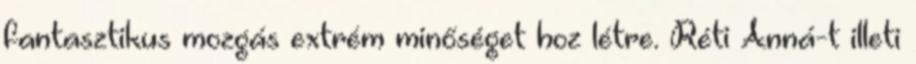
fantasztikus mozgás extrém minőséget hoz létre. Réti Anná-t illeti